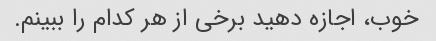
خوب، اجازه دهید برخی از هر کدام را ببینم.